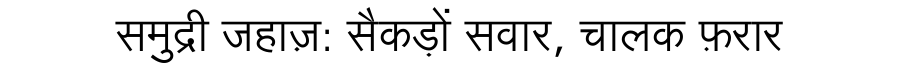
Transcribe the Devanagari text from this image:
समुद्री जहाज़: सैकड़ों सवार, चालक फ़रार